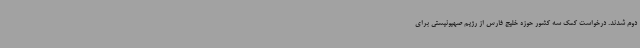
دوم شدند. درخواست کمک سه کشور حوزه خلیج فارس از رژیم صهیونیستی برای